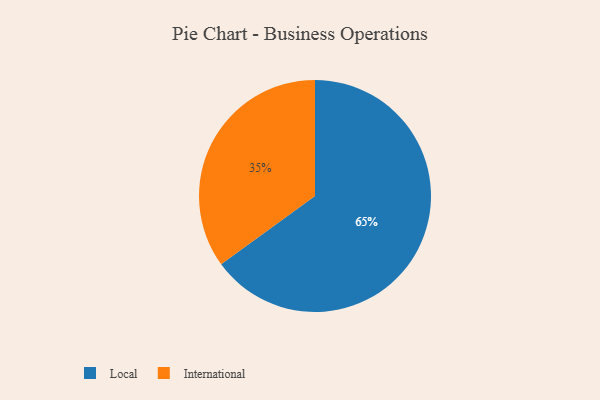
{"axis": {"x": "Category", "y": "Percentage"}, "legend": ["International", "Local"], "data": [{"x": "International", "y": 35, "type": "International"}, {"x": "Local", "y": 65, "type": "Local"}]}